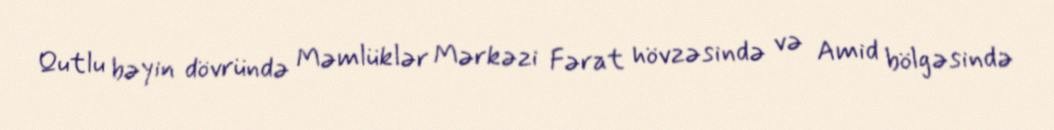
Qutlu bəyin dövründə Məmlüklər Mərkəzi Fərat hövzəsində və Amid bölgəsində